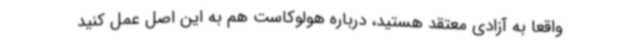
واقعاً به آزادی معتقد هستید، درباره هولوکاست هم به این اصل عمل کنید